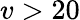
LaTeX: v>20